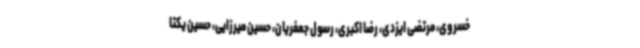
خسروی، مرتضی ایزدی، رضا اکبری، رسول جعفریان، حسین میرزایی، حسین یکتا